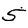
Digit: 5